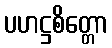
ပဟဋ္ဌစိတ္တော